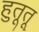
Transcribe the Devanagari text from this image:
हुतूतू